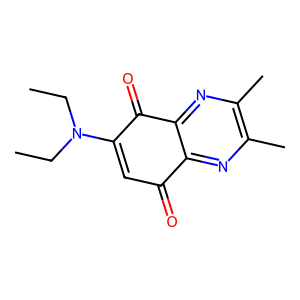
SMILES: CCN(CC)C1=CC(=O)c2nc(C)c(C)nc2C1=O
Inhibits HIV replication: No